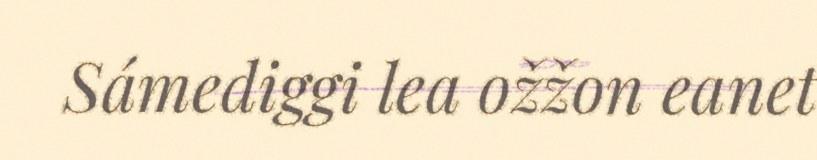
Sámediggi lea ožžon eanet